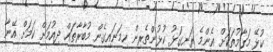
ކުޅޭ މަގާމުތަކަށް އެންމެ ރަނގަޅު ކުޅުންތެރިން ހިމަނައިގެން މުބާރާތައް ދިއުމަށް ކަމަށް އޭނާ